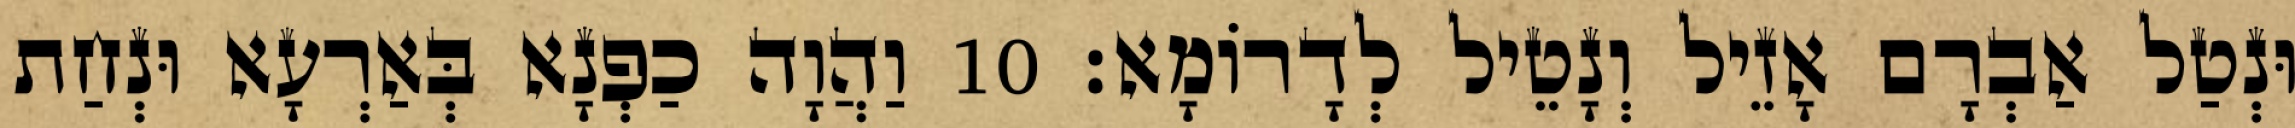
וּנְטַל אַבְרָם אָזֵיל וְנָטֵיל לְדָרוֹמָא׃ 10 וַהֲוָה כַפְנָא בְּאַרְעָא וּנְחַת